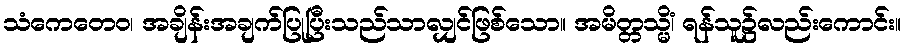
သံကေတေဝ၊ အချိန်းအချက်ပြုပြီးသည်သာလျှင်ဖြစ်သော။ အမိတ္တသ္မိံ၊ ရန်သူ၌လည်းကောင်း။